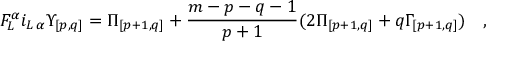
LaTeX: F _ { L } ^ { \alpha } i _ { L \, \alpha } { \Upsilon } _ { { [ p , q ] } } = { \Pi } _ { [ p + 1 , q ] } + { \frac { m - p - q - 1 } { p + 1 } } ( 2 { \Pi } _ { [ p + 1 , q ] } + q { \Gamma } _ { [ p + 1 , q ] } ) \quad ,